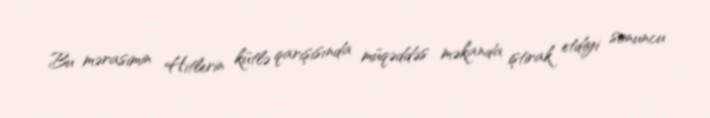
Bu mərasimin Hitlerin kütlə qarışısında müqəddəs məkanda iştirak etdiyi sonuncu